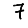
Digit: 7